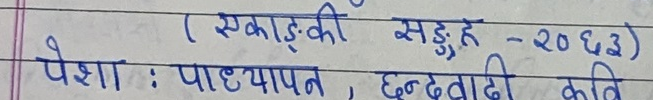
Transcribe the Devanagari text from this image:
( एकाङ्की सङ्ग्रह - २०६३)
पेशा : पाठ्ययापन, छन्दवादी कवि